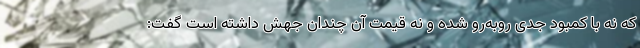
که نه با کمبود جدی روبه‌رو شده و نه قیمت آن چندان جهش داشته است گفت: